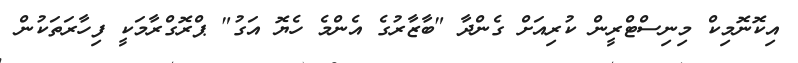
އިކޮނޮމިކް މިނިސްޓްރީން ކުރިއަށް ގެންދާ "ބާޒާރުގެ އެންމެ ހެޔޮ އަގު" ޕްރޮގްރާމަކީ ފިހާރަތަކުން